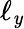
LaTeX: \ell_{\mathit{y}}